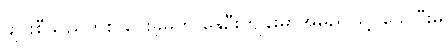
ချင်းစီသည်တစ် ပေးခဲ့မှုကို နွေဦးကျန်းမာအမည်ဖြင့် သေပြီးမှ